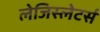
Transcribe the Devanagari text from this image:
लेजिस्लेटर्स